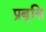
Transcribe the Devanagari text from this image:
प्रबृत्ति